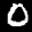
Label: 0